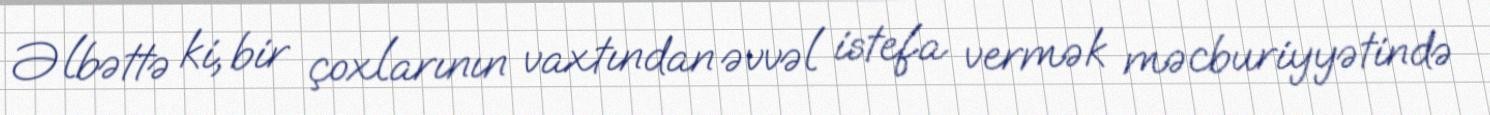
Əlbəttə ki, bir çoxlarının vaxtından əvvəl istefa vermək məcburiyyətində